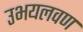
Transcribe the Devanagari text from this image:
उभयलवण